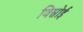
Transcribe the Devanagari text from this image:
विस्रोई